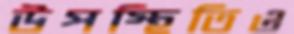
উপস্থিতিও